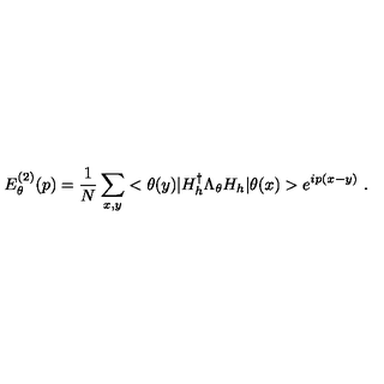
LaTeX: E _ { \theta } ^ { ( 2 ) } ( p ) = \frac { 1 } { N } \sum _ { x , y } < \theta ( y ) | H _ { h } ^ { \dag } \Lambda _ { \theta } H _ { h } | \theta ( x ) > e ^ { i p ( x - y ) } \ .